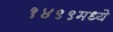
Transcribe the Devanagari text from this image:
१४९९मध्ये